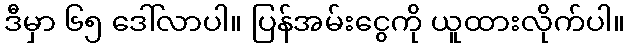
ဒီမှာ ၆၅ ဒေါ်လာပါ။ ပြန်အမ်းငွေကို ယူထားလိုက်ပါ။